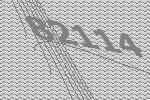
82114